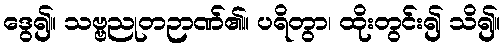
ဒွေ၍။ သဗ္ဗညုတဉာဏ်၏။ ပရိတွာ၊ ထိုးတွင်း၍ သိ၍။